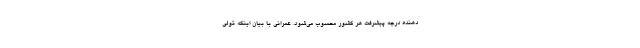
دهنده درجه پیشرفت هر کشور محسوب می‌شود. عمرانی با بیان اینکه تولی